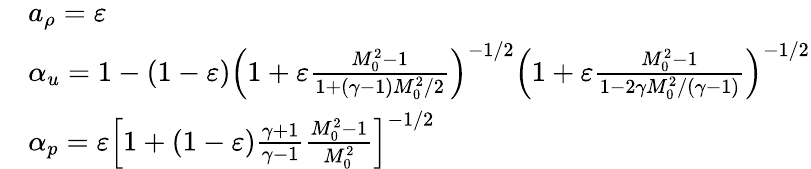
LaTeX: \begin{array}{rl}&{a_{\rho}=\varepsilon}\\ &{\alpha_{u}=1-(1-\varepsilon)\left(1+\varepsilon\frac{M_{0}^{2}-1}{1+(\gamma-1)M_{0}^{2}/2}\right)^{-1/2}\left(1+\varepsilon\frac{M_{0}^{2}-1}{1-2\gamma M_{0}^{2}/(\gamma-1)}\right)^{-1/2}}\\ &{\alpha_{p}=\varepsilon\left[1+(1-\varepsilon)\frac{\gamma+1}{\gamma-1}\frac{M_{0}^{2}-1}{M_{0}^{2}}\right]^{-1/2}}\end{array}